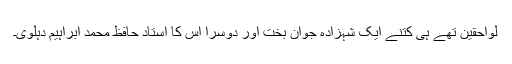
لواحقین تھے ہی کتنے ایک شہزادہ جوان بخت اور دوسرا اس کا استاد حافظ محمد ابراہیم دہلوی۔